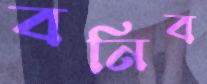
বনিব